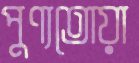
পুণ্যতোয়া